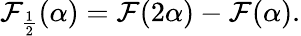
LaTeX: {\cal F}_{\frac{1}{2}}(\alpha)={\cal F}(2\alpha)-{\cal F}(\alpha).